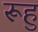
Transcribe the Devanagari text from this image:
रूहु